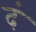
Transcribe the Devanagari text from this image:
दं